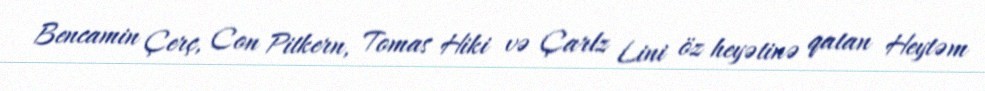
Bencamin Çerç, Con Pitkern, Tomas Hiki və Çarlz Lini öz heyətinə qatan Heytəm